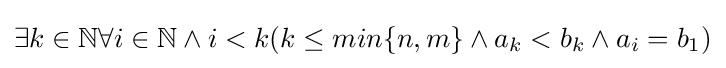
\exists k\in \mathbb {N} \forall i\in \mathbb {N} \land i<k(k\leq min\{n,m\}\land a_{k}<b_{k}\land a_{i}=b_{1})